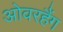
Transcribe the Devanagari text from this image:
ओवरहैंग